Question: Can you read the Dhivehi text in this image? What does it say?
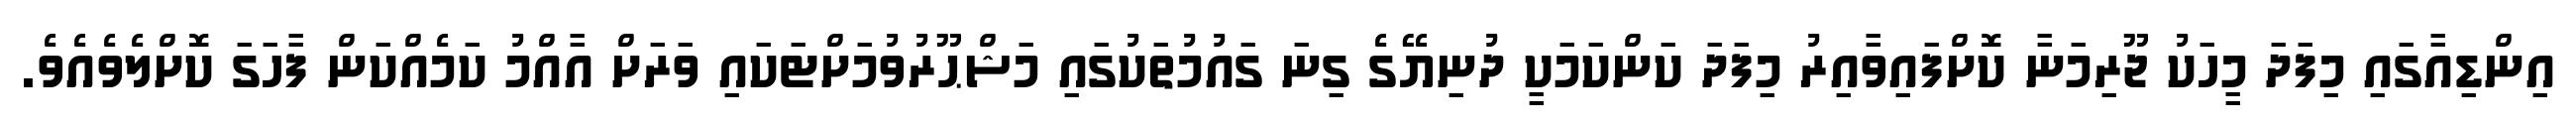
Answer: އިންޑިއާގައި މިފަދަ މީހަކު ޖޫރިމަނާ ކޮށްފައިވާއިރު މިފަދަ ކަންކަމަކީ ދުނިޔޭގެ ގިނަ ގައުމުތަކުގައި މަޝްޙޫރުވުމަށްޓަކައި ވަރަށް އާއްމު ކަމެއްކަން ފާހަގަ ކޮށްލެވެއެވެ.